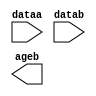
// megafunction wizard: %LPM_COMPARE%VBB%
// GENERATION: STANDARD
// VERSION: WM1.0
// MODULE: LPM_COMPARE 

// ============================================================
// Megafunction Name(s):
// 			LPM_COMPARE
//
// Simulation Library Files(s):
// 			lpm
// ============================================================
// ************************************************************
// THIS IS A WIZARD-GENERATED FILE. DO NOT EDIT THIS FILE!
//
// 11.0 Build 157 04/27/2011 SJ Full Version
// ************************************************************

//Copyright (C) 1991-2011 Altera Corporation
//Your use of Altera Corporation's design tools, logic functions 
//and other software and tools, and its AMPP partner logic 
//functions, and any output files from any of the foregoing 
//(including device programming or simulation files), and any 
//associated documentation or information are expressly subject 
//to the terms and conditions of the Altera Program License 
//Subscription Agreement, Altera MegaCore Function License 
//Agreement, or other applicable license agreement, including, 
//without limitation, that your use is for the sole purpose of 
//programming logic devices manufactured by Altera and sold by 
//Altera or its authorized distributors.  Please refer to the 
//applicable agreement for further details.

module classifierCompare (
	dataa,
	datab,
	ageb);

	input	[35:0]  dataa;
	input	[35:0]  datab;
	output	  ageb;

endmodule

// ============================================================
// CNX file retrieval info
// ============================================================
// Retrieval info: PRIVATE: AeqB NUMERIC "0"
// Retrieval info: PRIVATE: AgeB NUMERIC "1"
// Retrieval info: PRIVATE: AgtB NUMERIC "0"
// Retrieval info: PRIVATE: AleB NUMERIC "0"
// Retrieval info: PRIVATE: AltB NUMERIC "0"
// Retrieval info: PRIVATE: AneB NUMERIC "0"
// Retrieval info: PRIVATE: INTENDED_DEVICE_FAMILY STRING "Stratix IV"
// Retrieval info: PRIVATE: LPM_PIPELINE NUMERIC "0"
// Retrieval info: PRIVATE: Latency NUMERIC "0"
// Retrieval info: PRIVATE: PortBValue NUMERIC "0"
// Retrieval info: PRIVATE: Radix NUMERIC "10"
// Retrieval info: PRIVATE: SYNTH_WRAPPER_GEN_POSTFIX STRING "0"
// Retrieval info: PRIVATE: SignedCompare NUMERIC "1"
// Retrieval info: PRIVATE: aclr NUMERIC "0"
// Retrieval info: PRIVATE: clken NUMERIC "0"
// Retrieval info: PRIVATE: isPortBConstant NUMERIC "0"
// Retrieval info: PRIVATE: nBit NUMERIC "36"
// Retrieval info: PRIVATE: new_diagram STRING "1"
// Retrieval info: LIBRARY: lpm lpm.lpm_components.all
// Retrieval info: CONSTANT: LPM_REPRESENTATION STRING "SIGNED"
// Retrieval info: CONSTANT: LPM_TYPE STRING "LPM_COMPARE"
// Retrieval info: CONSTANT: LPM_WIDTH NUMERIC "36"
// Retrieval info: USED_PORT: ageb 0 0 0 0 OUTPUT NODEFVAL "ageb"
// Retrieval info: USED_PORT: dataa 0 0 36 0 INPUT NODEFVAL "dataa[35..0]"
// Retrieval info: USED_PORT: datab 0 0 36 0 INPUT NODEFVAL "datab[35..0]"
// Retrieval info: CONNECT: @dataa 0 0 36 0 dataa 0 0 36 0
// Retrieval info: CONNECT: @datab 0 0 36 0 datab 0 0 36 0
// Retrieval info: CONNECT: ageb 0 0 0 0 @ageb 0 0 0 0
// Retrieval info: GEN_FILE: TYPE_NORMAL classifierCompare.v TRUE
// Retrieval info: GEN_FILE: TYPE_NORMAL classifierCompare.inc FALSE
// Retrieval info: GEN_FILE: TYPE_NORMAL classifierCompare.cmp FALSE
// Retrieval info: GEN_FILE: TYPE_NORMAL classifierCompare.bsf FALSE
// Retrieval info: GEN_FILE: TYPE_NORMAL classifierCompare_inst.v FALSE
// Retrieval info: GEN_FILE: TYPE_NORMAL classifierCompare_bb.v TRUE
// Retrieval info: LIB_FILE: lpm